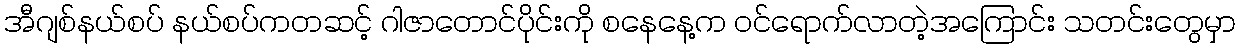
အီဂျစ်နယ်စပ် နယ်စပ်ကတဆင့် ဂါဇာတောင်ပိုင်းကို စနေနေ့က ဝင်ရောက်လာတဲ့အကြောင်း သတင်းတွေမှာ